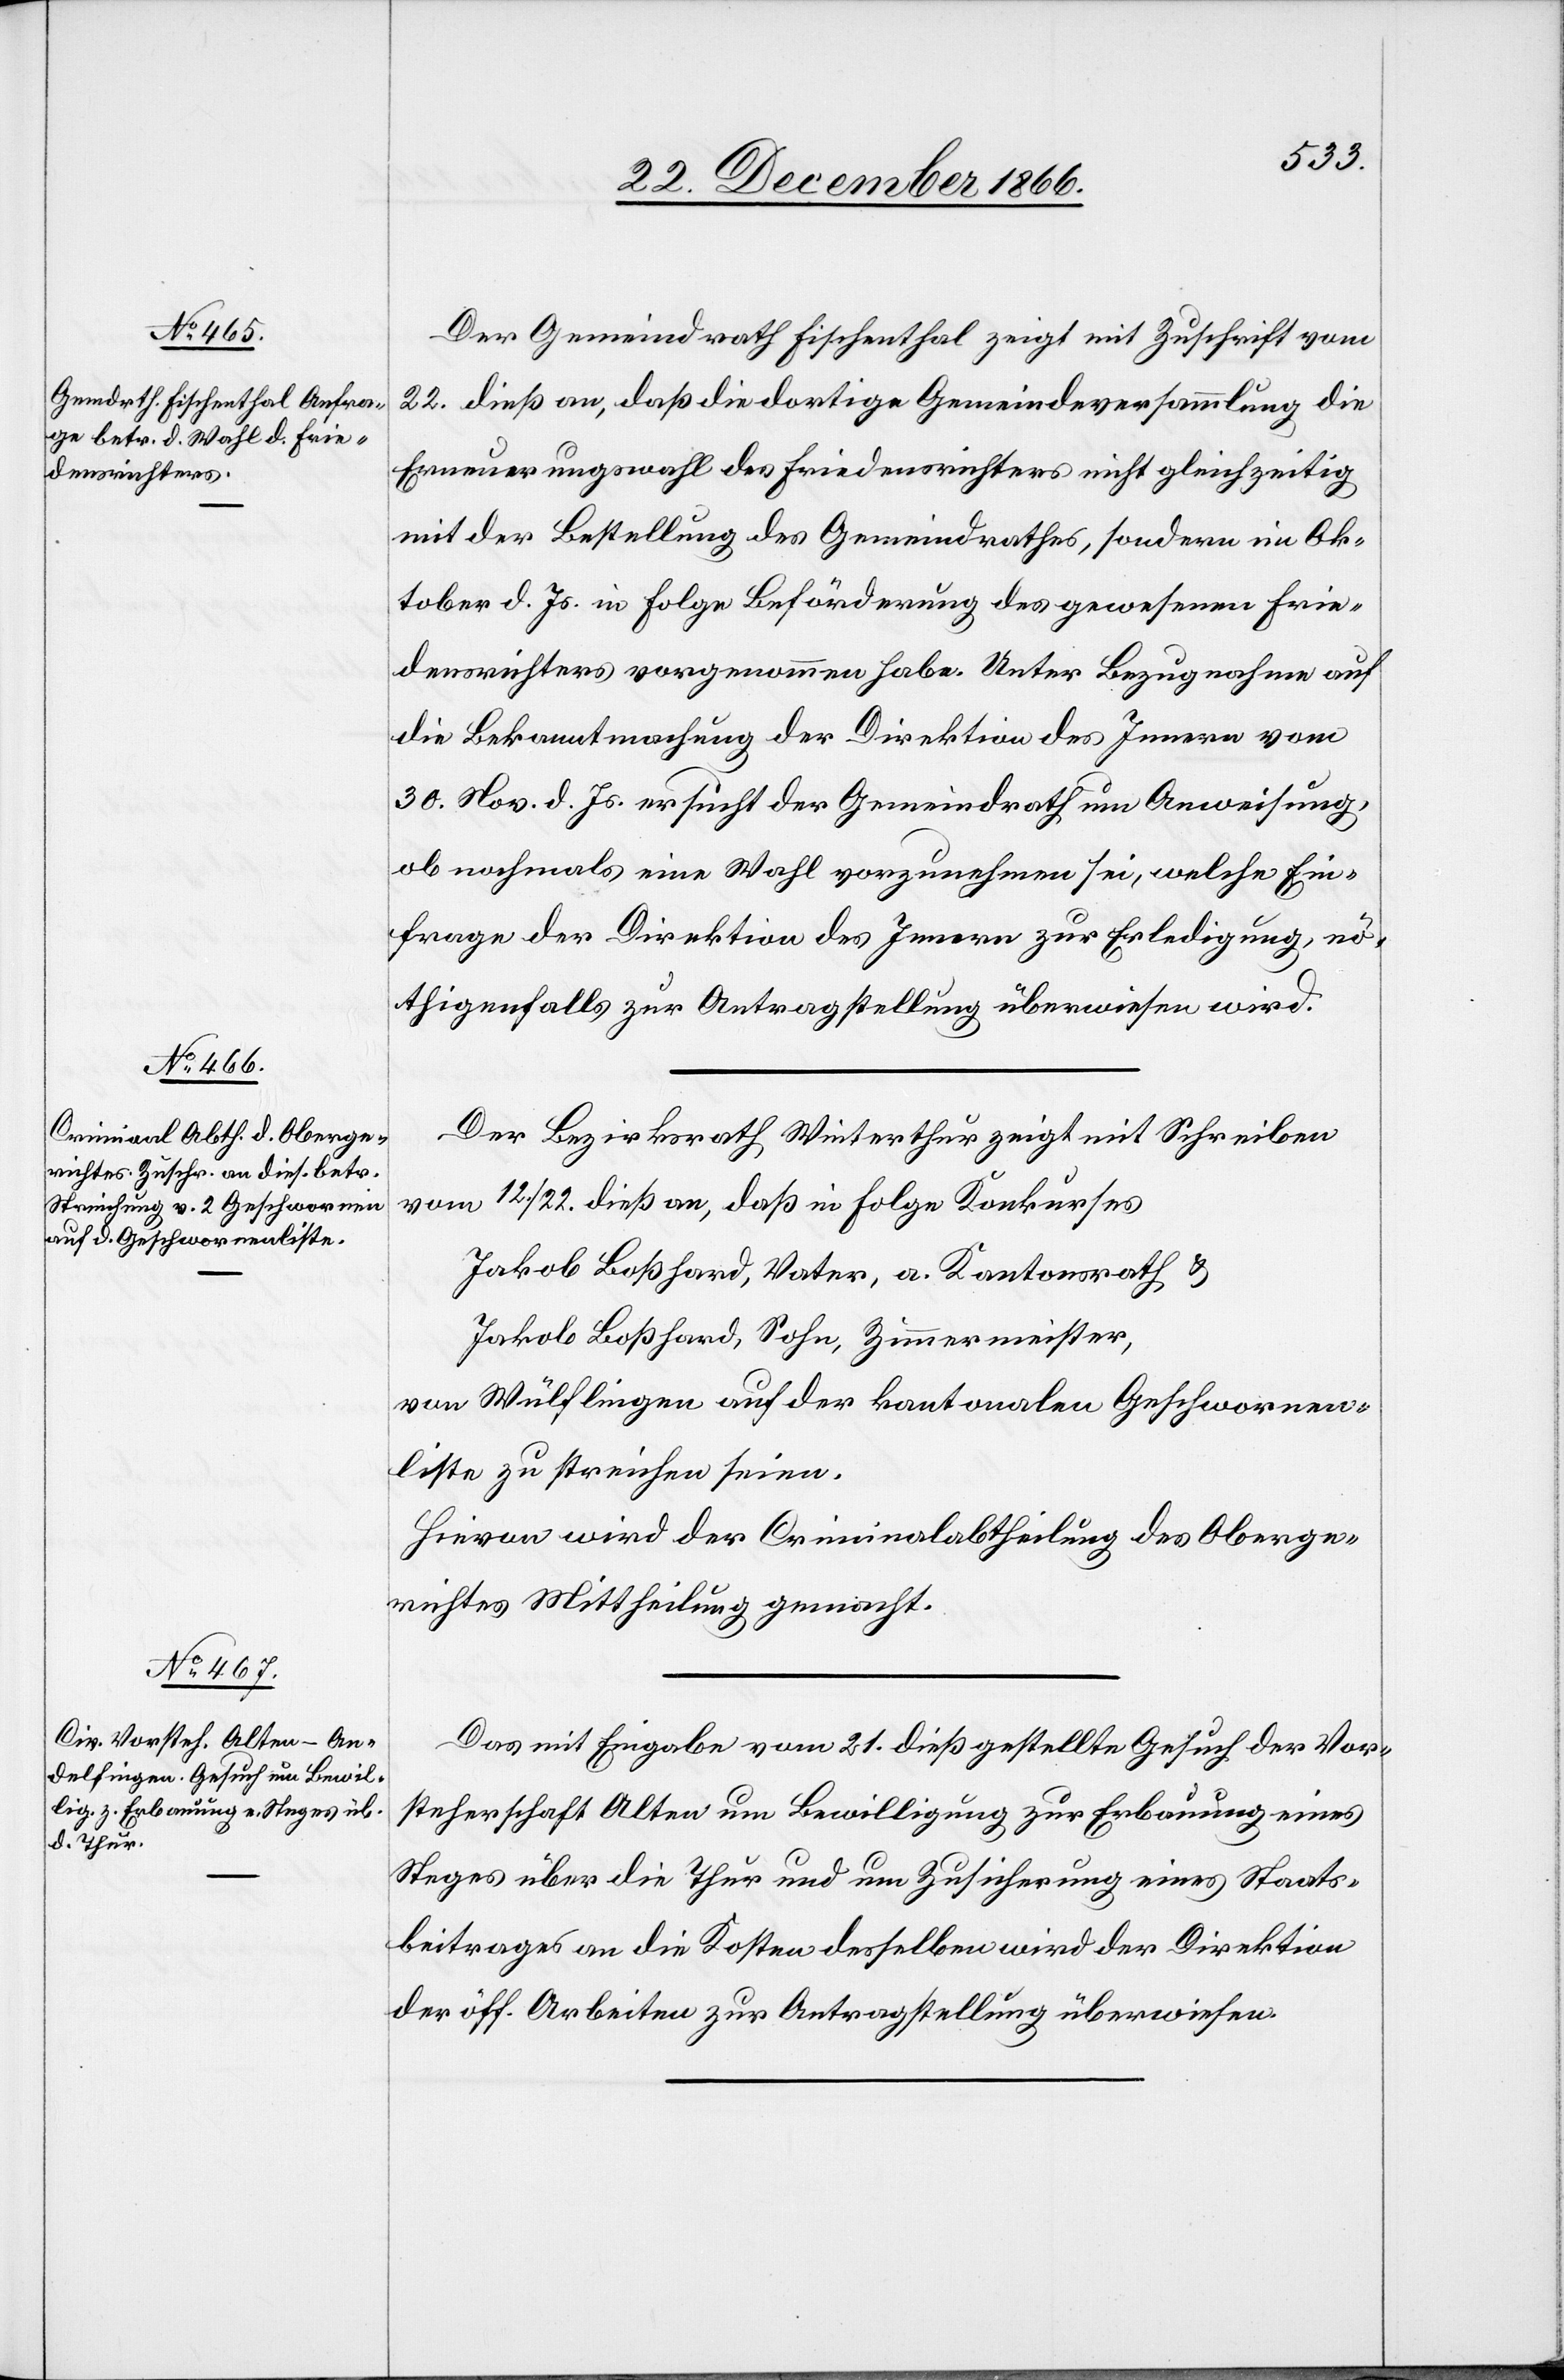
24. December 1866.]
Der Gemeindrath Fischenthal zeigt mit Zuschrift vom
22. dieß an, daß die dortige Gemeindeversammlung die
Erneuerungswahl des Friedensrichters nicht gleichzeitig
mit der Bestellung des Gemeindrathes, sondern im Ok¬
tober d. Js. in Folge Beförderung des gewesenen Frie¬
densrichters vorgenommen habe. Unter Bezugnahme auf
die Bekanntmachung der Direktion des Innern vom
30. Nov. d. Js. ersucht der Gemeindrath um Anweisung,
ob nochmals eine Wahl vorzunehmen sei, welche Ein¬
frage der Direktion des Innern zur Erledigung, nö¬
thigenfalls zur Antragstellung überwiesen wird.
Der Bezirksrath Winterthur zeigt mit Schreiben
vom 12./22. dieß an, daß in Folge Konkurses
Jakob Boßhard, Vater, a. Kantonsrath &
Jakob Boßhard, Sohn, Zimmermeister,
von Wülflingen auf der kantonalen Geschwornen¬
liste zu streichen seien.
Hievon wird der Criminalabtheilung des Oberge¬
richtes Mittheilung gemacht.
Das mit Eingabe vom 21. dieß gestellte Gesuch der Vor¬
steherschaft Alten um Bewilligung zur Erbauung eines
Steges über die Thur und um Zusicherung eines Staats¬
beitrages an die Kosten desselben wird der Direktion
der öff. Arbeiten zur Antragstellung überwiesen.